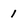
Character: 1